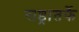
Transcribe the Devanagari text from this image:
राष्ट्रातर्फे